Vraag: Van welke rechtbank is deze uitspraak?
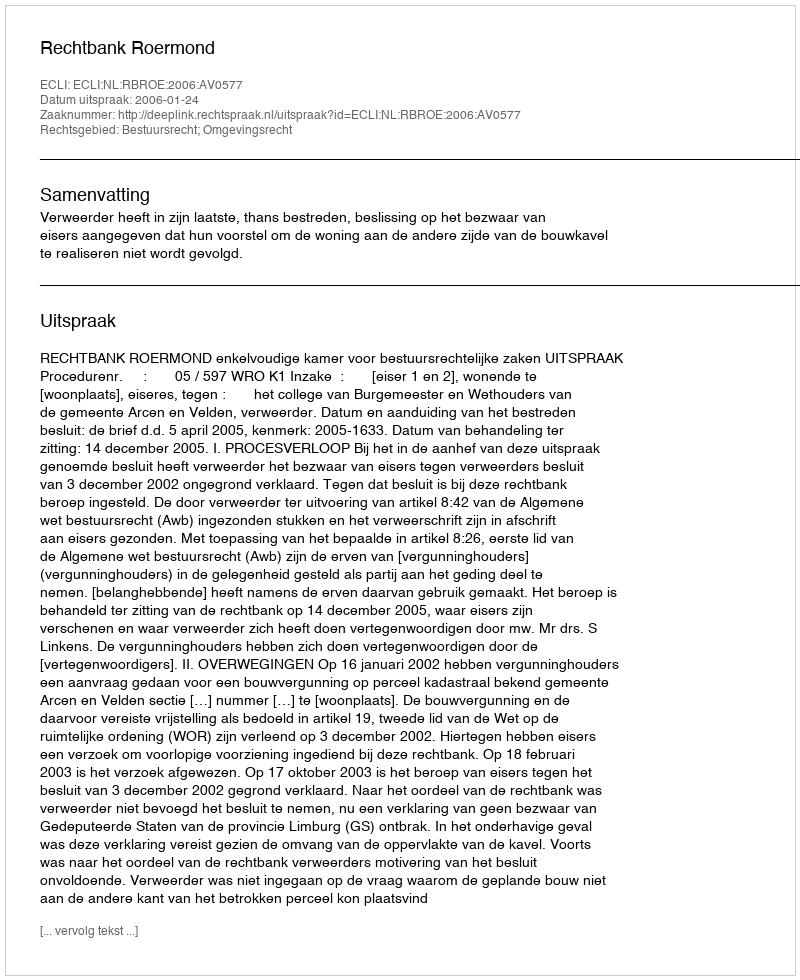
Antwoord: Rechtbank Roermond